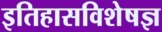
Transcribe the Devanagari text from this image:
इतिहासविशेषज्ञ